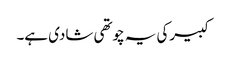
کبیرکی یہ چوتھی شادی ہے۔